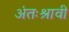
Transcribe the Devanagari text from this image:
अंतःश्रावी